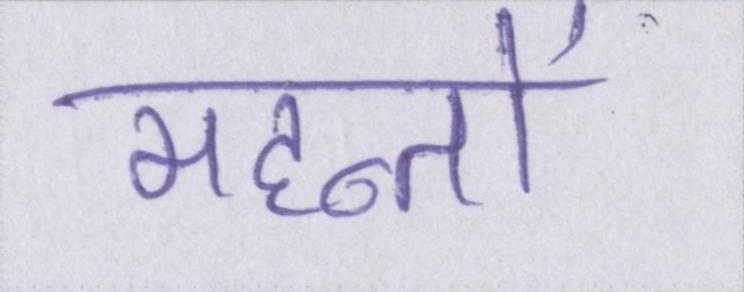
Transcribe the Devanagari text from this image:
महन्तों